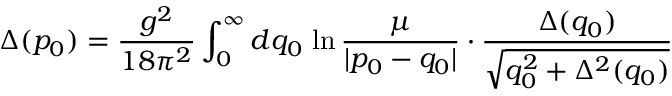
\Delta ( p _ { 0 } ) = { \frac { g ^ { 2 } } { 1 8 \pi ^ { 2 } } } \int _ { 0 } ^ { \infty } d q _ { 0 } \, \ln { \frac { \mu } { | p _ { 0 } - q _ { 0 } | } } \cdot { \frac { \Delta ( q _ { 0 } ) } { \sqrt { q _ { 0 } ^ { 2 } + \Delta ^ { 2 } ( q _ { 0 } ) } } }